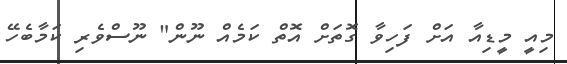
މިއީ މީޑިއާ އަށް ފަހިވާ ގޮތަށް އޮތް ކަމެއް ނޫން" ނޫސްވެރި ކަމާބެހޭ